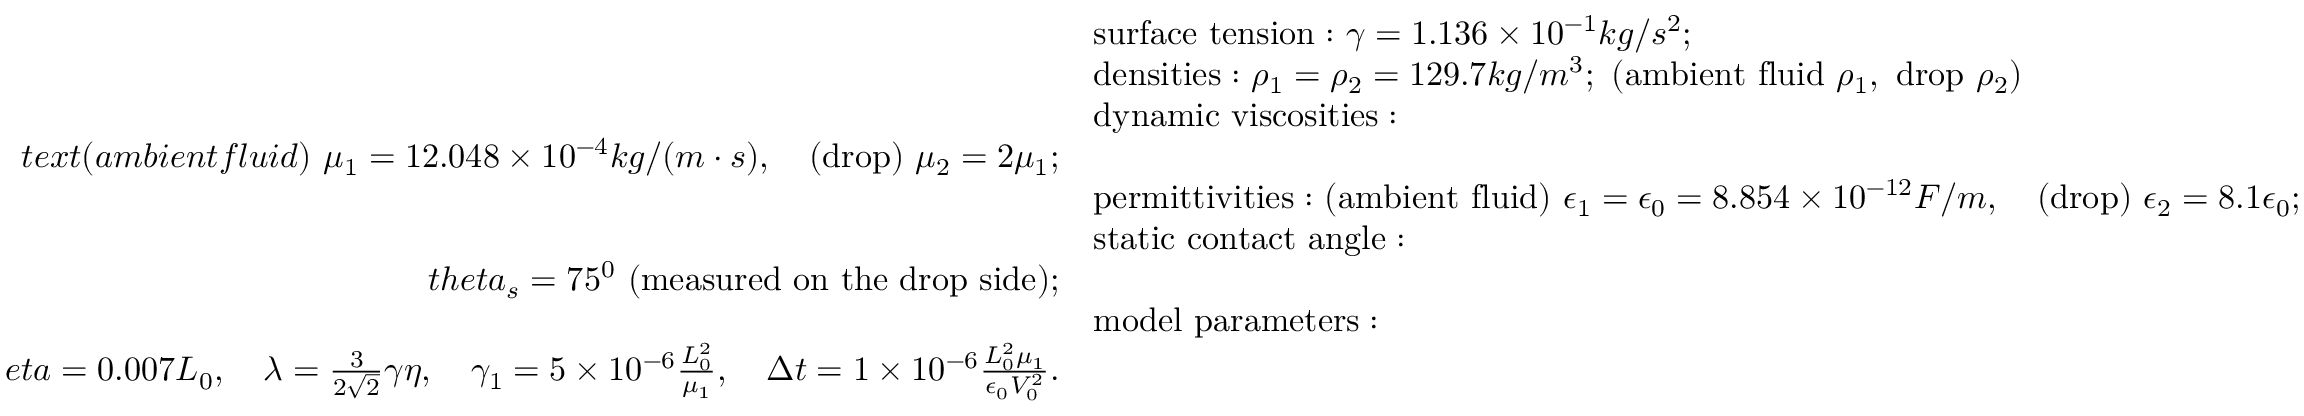
\begin{array} { r l } & { \mathrm { s u r f a c e ~ t e n s i o n : } \ \gamma = 1 . 1 3 6 \times 1 0 ^ { - 1 } k g / s ^ { 2 } ; } \\ & { \mathrm { d e n s i t i e s : } \ \rho _ { 1 } = \rho _ { 2 } = 1 2 9 . 7 k g / m ^ { 3 } ; \ ( \mathrm { a m b i e n t ~ f l u i d } \ \rho _ { 1 } , \ \mathrm { d r o p } \ \rho _ { 2 } ) } \\ & { \mathrm { d y n a m i c ~ v i s c o s i t i e s : } } \\ { t e x t { ( a m b i e n t f l u i d ) } \ \mu _ { 1 } = 1 2 . 0 4 8 \times 1 0 ^ { - 4 } k g / ( m \cdot s ) , \quad \mathrm { ( d r o p ) } \ \mu _ { 2 } = 2 \mu _ { 1 } ; } \\ & { \mathrm { p e r m i t t i v i t i e s : } \ \mathrm { ( a m b i e n t ~ f l u i d ) } \ \epsilon _ { 1 } = \epsilon _ { 0 } = 8 . 8 5 4 \times 1 0 ^ { - 1 2 } F / m , \quad \mathrm { ( d r o p ) } \ \epsilon _ { 2 } = 8 . 1 \epsilon _ { 0 } ; } \\ & { \mathrm { s t a t i c ~ c o n t a c t ~ a n g l e : } } \\ { t h e t a _ { s } = 7 5 ^ { 0 } \ \mathrm { ( m e a s u r e d ~ o n ~ t h e ~ d r o p ~ s i d e ) } ; } \\ & { \mathrm { m o d e l ~ p a r a m e t e r s : } } \\ { e t a = 0 . 0 0 7 L _ { 0 } , \quad \lambda = \frac { 3 } { 2 \sqrt { 2 } } \gamma \eta , \quad \gamma _ { 1 } = 5 \times 1 0 ^ { - 6 } \frac { L _ { 0 } ^ { 2 } } { \mu _ { 1 } } , \quad \Delta t = 1 \times 1 0 ^ { - 6 } \frac { L _ { 0 } ^ { 2 } \mu _ { 1 } } { \epsilon _ { 0 } V _ { 0 } ^ { 2 } } . } \end{array}